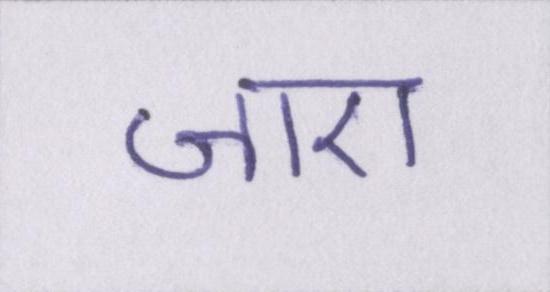
जाए